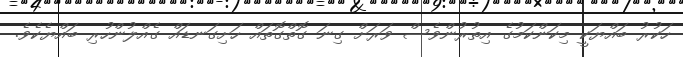
ހަކުރު ބައްޔަކީ މިކަންކަމުގެ އިތުރުންވެސް ވަރަށް ގިނަ ގޮތްގޮތައް ހަށިގަނޑައް ގެއްލުންހުރި ބައްޔެކެވެ.